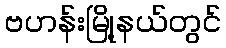
ဗဟန်းမြို့နယ်တွင်